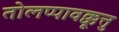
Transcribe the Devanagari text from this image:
तोलप्पावक्कूत्तु